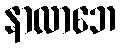
နာလာဘေ